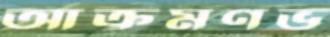
আক্রমণভ